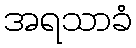
အရသာခံ